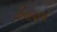
હિનાયાએ